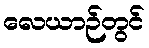
လေယာဉ်တွင်